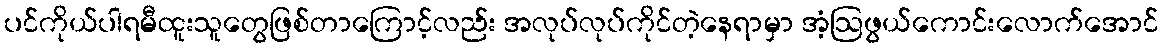
ပင်ကိုယ်ပါရမီထူးသူတွေဖြစ်တာကြောင့်လည်း အလုပ်လုပ်ကိုင်တဲ့နေရာမှာ အံ့ဩဖွယ်ကောင်းလောက်အောင်